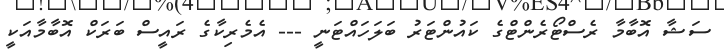
ސަޝާ އޮބާމާ ރެސްޓޯރެންޓްގެ ކައުންޓަރު ބަލަހައްޓަނީ --- އެމެރިކާގެ ރައީސް ބަރަކް އޮބާމާއަކީ